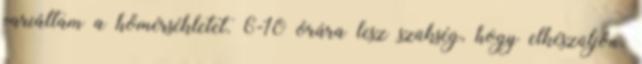
variáltam a hőmérsékletet. 6-10 órára lesz szükség, hogy elkészüljön.